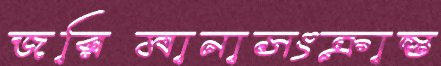
জরিমানাসংক্রান্ত